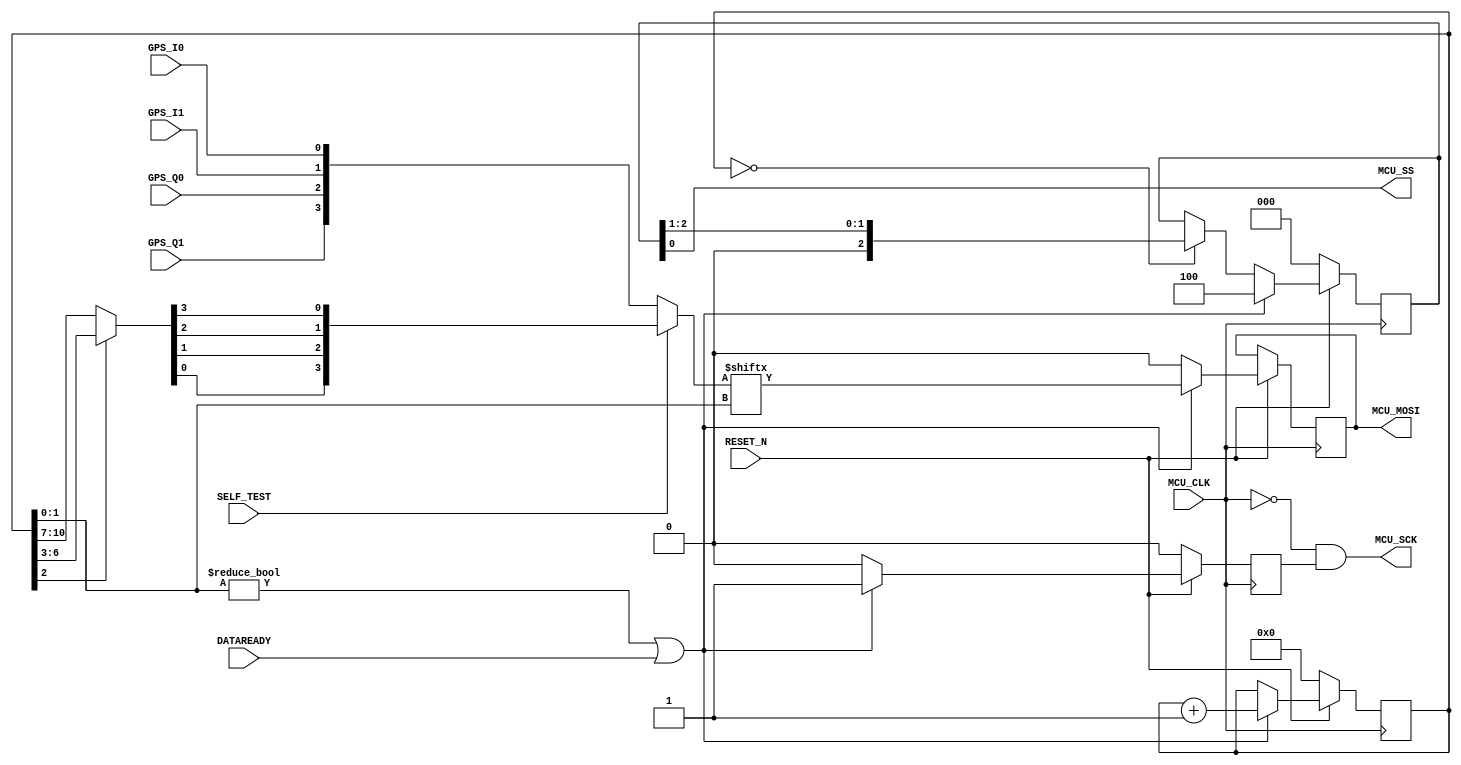
`timescale 1ns / 1ps


module bridge_sm(
	input GPS_I0,
	input GPS_I1,
	input GPS_Q0,
	input GPS_Q1,
	input MCU_CLK,
	input RESET_N,
	input SELF_TEST,
	input DATAREADY,
	output MCU_SCK,
	output MCU_SS,
	output MCU_MOSI
  );

  reg [12:0] bitcounter;
  reg [2:0] ss_delay;

  reg sck_en;
  reg mosi;

  wire [3:0] selftest_in;
  assign selftest_in = bitcounter[2]
		? bitcounter[6:3]
		: bitcounter[10:7];

  wire [3:0] gps_in;
  assign gps_in = SELF_TEST
		? {selftest_in[0], selftest_in[1], selftest_in[2], selftest_in[3]}
		: {GPS_Q1, GPS_Q0, GPS_I1, GPS_I0};

  wire [1:0] mosi_sel;
  assign mosi_sel = bitcounter[1:0];

  assign MCU_CLK_Delay = ~MCU_CLK;	

  assign MCU_SS    = ss_delay[0];
  assign MCU_SCK   = MCU_CLK_Delay & sck_en;
  assign MCU_MOSI  = mosi;

  assign reset_n_in = RESET_N;

  always@(posedge MCU_CLK) begin
	if (reset_n_in == 0) begin
		sck_en <= 1'b0;
		ss_delay <= 0;
		bitcounter <= 0;
	end
	else begin
		if (mosi_sel != 0 || DATAREADY) begin
			sck_en <= 1'b1;
			mosi <= gps_in[mosi_sel];
			ss_delay <= 3'b100;
			bitcounter <= bitcounter + 1;
		end
		else begin
			sck_en <= 1'b0;
			mosi <= 0;
			if (bitcounter == 0) begin
				ss_delay <= ss_delay >> 1;
			end
		end
	end
end
endmodule